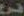
فر